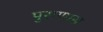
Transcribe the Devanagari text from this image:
पुराणास